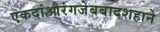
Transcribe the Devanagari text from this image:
एकदांऔरंगजेबबादशहाने